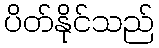
ပိတ်နိုင်သည်